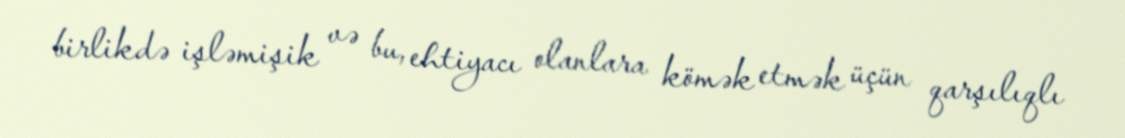
birlikdə işləmişik və bu, ehtiyacı olanlara kömək etmək üçün qarşılıqlı